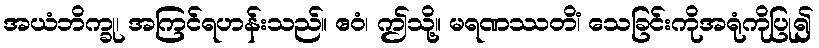
အယံဘိက္ခု၊ အကြင်ရဟန်းသည်။ ဧဝံ၊ ဤသို့။ မရဏဿတိံ၊ သေခြင်းကိုအရုံကိုပြု၍